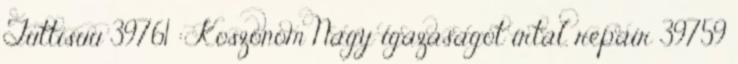
Tuttisuu 39761 : Koszonom Nagy igazasagot irtal. repair 39759